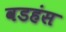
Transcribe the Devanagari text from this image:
वडहंस